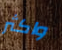
واكثر